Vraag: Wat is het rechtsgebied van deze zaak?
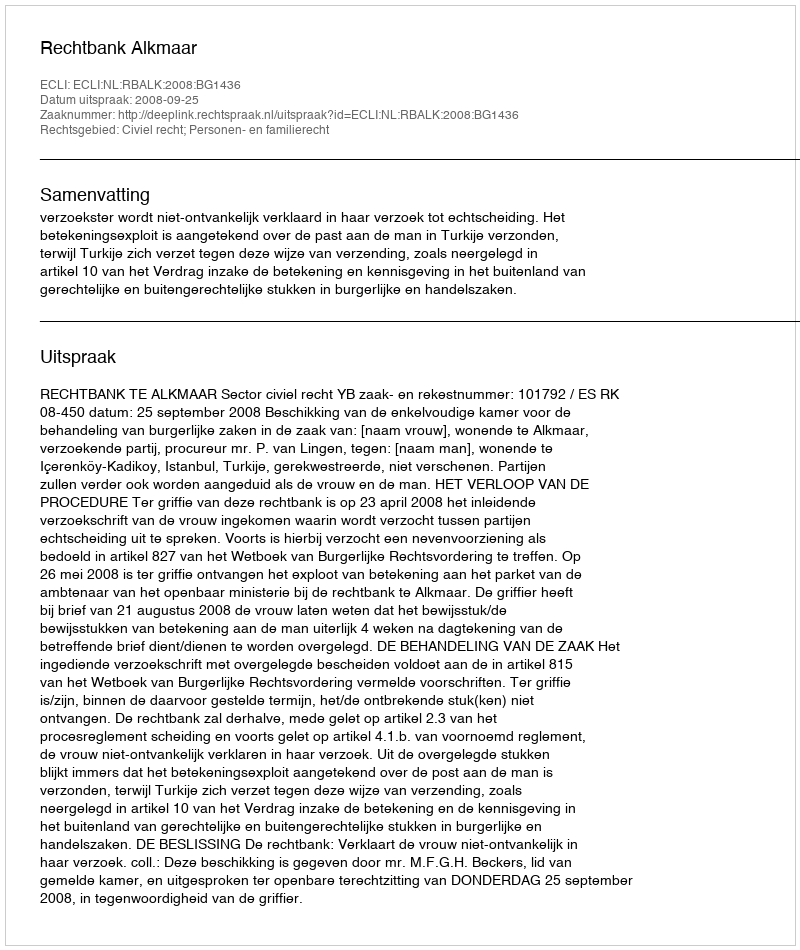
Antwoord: Civiel recht; Personen- en familierecht